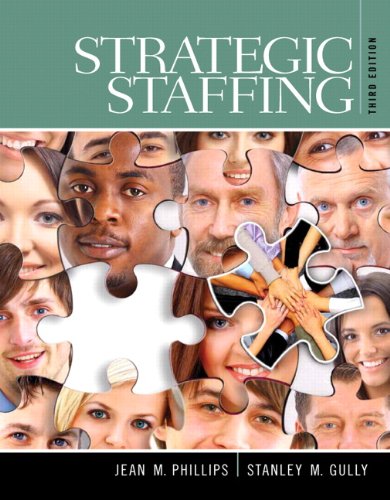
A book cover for Strategic Staffing (3rd Edition); Jean M. Phillips; Business & Money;